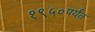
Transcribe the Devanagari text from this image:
१९५०पर्यंत